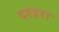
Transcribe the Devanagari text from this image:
दश्हरा